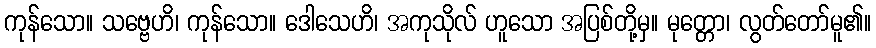
ကုန်သော။ သဗ္ဗေဟိ၊ ကုန်သော။ ဒေါသေဟိ၊ အကုသိုလ် ဟူသော အပြစ်တို့မှ။ မုတ္တော၊ လွတ်တော်မူ၏။